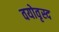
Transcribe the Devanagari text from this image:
वयोवृस्द